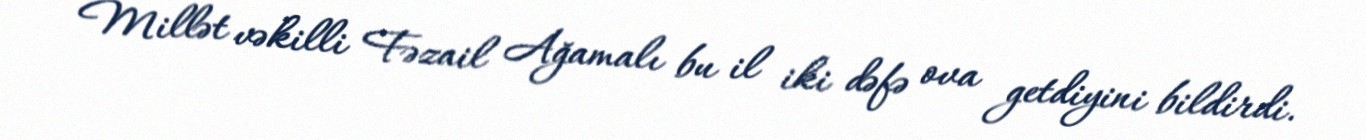
Millət vəkilli Fəzail Ağamalı bu il iki dəfə ova getdiyini bildirdi.